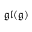
{ \mathfrak { g l } } ( { \mathfrak { g } } )